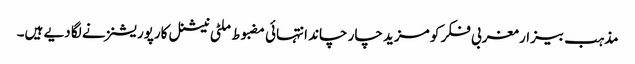
مذہب بیزار مغربی فکر کو مزید چار چاند انتہائی مضبوط ملٹی نیشنل کارپوریشنز نے لگا دیے ہیں۔